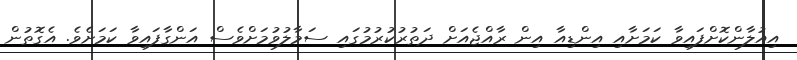
އިއުލާންކޮށްފައިވާ ކަމަށާއި އިންޑިއާ އިން ރާއްޖެއަށް ދަތުރުކުރުމުގައި ސަމާލުވުމަށްވެސް އަންގާފައިވާ ކަމަށެވެ. އެގޮތުން